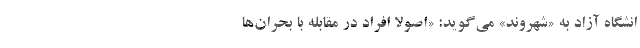
انشگاه آزاد به «شهروند» می‌گوید: «اصولا افراد در مقابله با بحران‌ها